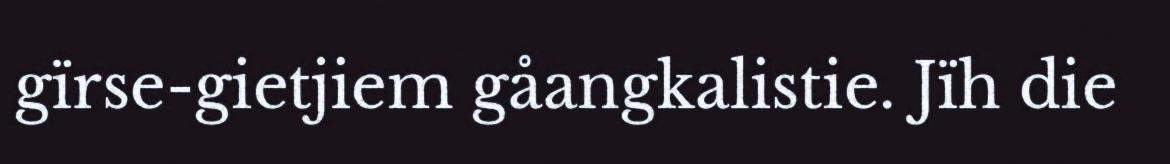
gïrse-gietjiem gåangkalistie. Jïh die